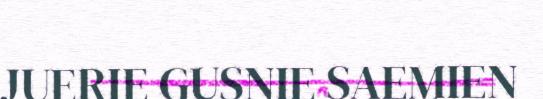
JUERIE GUSNIE SAEMIEN